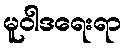
မူဝါဒရေးရာ